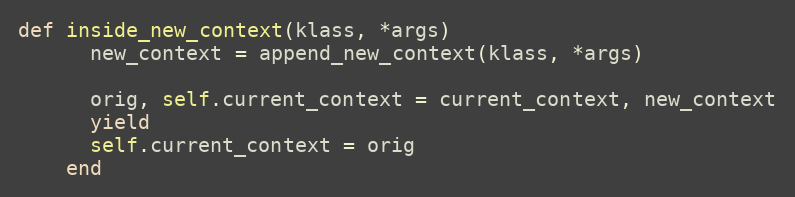
Language: Ruby
def inside_new_context(klass, *args)
      new_context = append_new_context(klass, *args)

      orig, self.current_context = current_context, new_context
      yield
      self.current_context = orig
    end